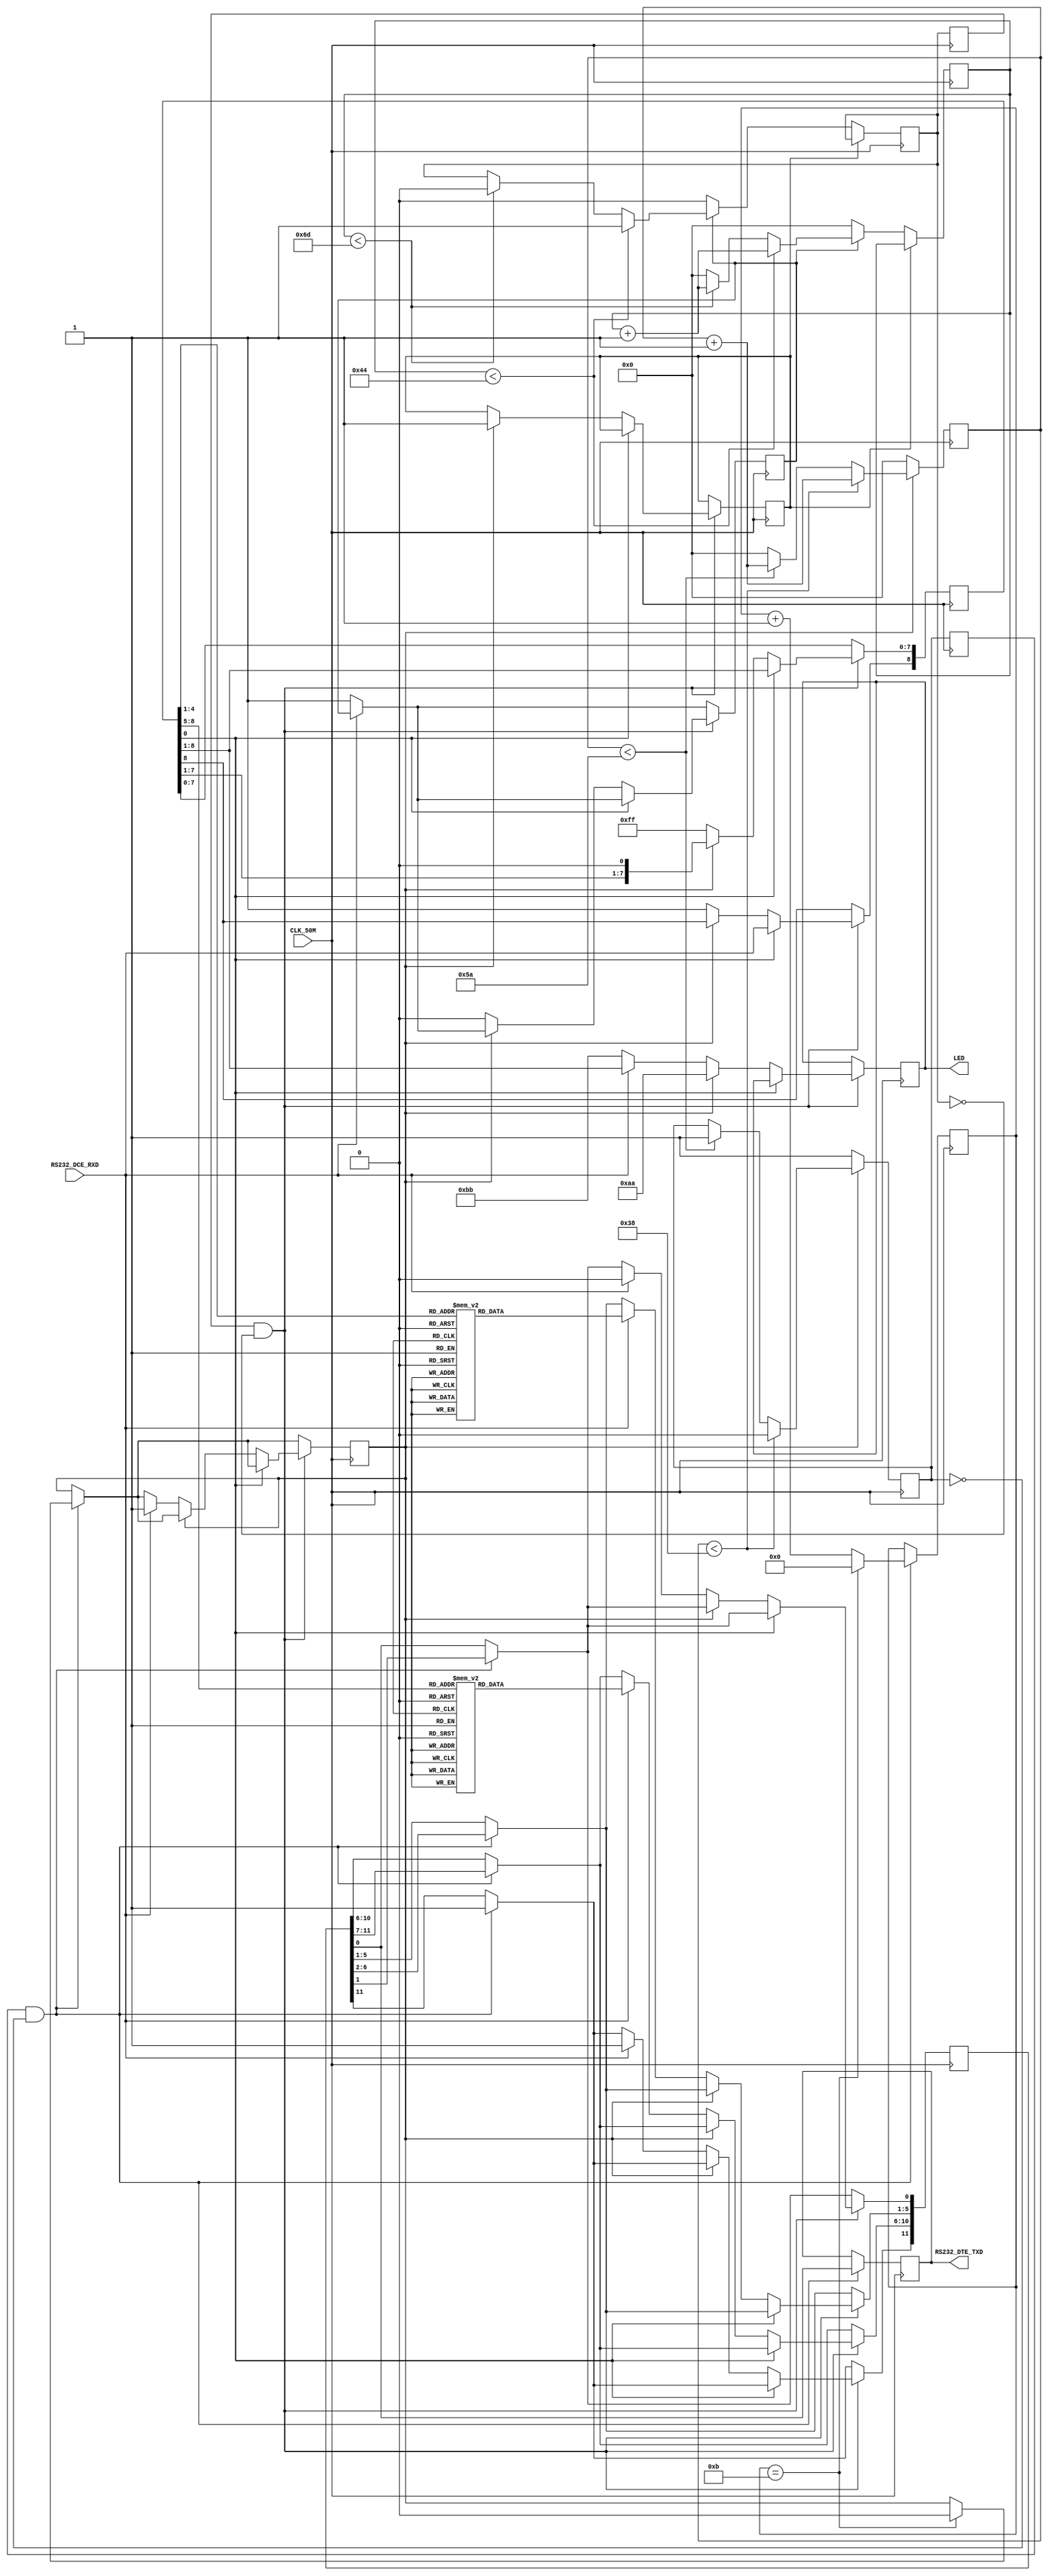
`timescale 1ns / 1ps
//////////////////////////////////////////////////////////////////////////////////
// Company: Kitakyushu-Kosen
// Engineer: 
// 
// Design Name: 
// Module Name:    transmit_460800.v
// Project Name: 
// Target Devices: Spartan-3A Starter Kit
// Tool versions: 
// Description: 
//
// Dependencies: 
//
// Revision: 
// Revision 0.01 - File Created
// Additional Comments: 
//   M@@
//   OM{[hLED\
//   kill = 1'b@VXe~dl   
//        
//////////////////////////////////////////////////////////////////////////////////

module rx_460800(CLK_50M, RS232_DCE_RXD, RS232_DTE_TXD, LED);

	input CLK_50M;
	input RS232_DCE_RXD;
	output RS232_DTE_TXD;
	output [7:0] LED;

	wire rxd;
	assign rxd = RS232_DCE_RXD;
	reg txd_out = 1'b1;
	assign RS232_DTE_TXD = txd_out;

	reg [7:0] led_out;
	assign LED = led_out;
	
	reg [15:0] b4_clock_count = 0;
	reg [15:0] b5_clock_count = 0;
	
	reg b4_clk = 1'b1;
	reg b5_clk = 1'b1;
	reg b4_clk_old;
	reg b5_clk_old;

	reg receiving = 1'b0;
	reg sending   = 1'b0;
	
	reg [8:0] buffer  = 9'b11111_1111;
	reg [11:0] encode = 12'b11111_11111_11;
	reg [3:0] send_count = 0;

	reg kill = 1'b0;
	

always @(posedge CLK_50M)
begin
	
	//VXe~
	if(kill == 1'b1)
	begin
	end
	
	else if(receiving == 1'b1) //X^[grbgo4bNbNJn
	begin		
		if (b4_clock_count < 68) //{[[g 115200:271, 9600:3255   (*0.625)
		begin
			b4_clk <= 1'b1;
			b4_clock_count <= b4_clock_count + 1;
		end
		else if (b4_clock_count < 109) //{[[g 115200:434, 9600:5208
		begin
			b4_clk <= 1'b0;
			b4_clock_count <= b4_clock_count + 1;
		end
		else
		begin
			b4_clock_count <= 0;
		end
	end
	else
	begin
		b4_clock_count <= 0;
		b4_clk <= 1'b0;
	end

		
	//5bNbN 5/6{
	if(sending == 1)
	begin
		if (b5_clock_count < 56) //{[[g 115200:224, 9600:2691    (*0.62)
		begin
			//5bM
			b5_clk <= 1'b0;
			b5_clock_count <= b5_clock_count + 1;
		end
		else if (b5_clock_count < 90) //{[[g 115200:361, 9600:4340
		begin
			b5_clk <= 1'b1;
			b5_clock_count <= b5_clock_count + 1;
		end
		else
		begin
			b5_clock_count <= 0;
		end
	end
	else
	begin
		b5_clock_count <= 0;
		b5_clk         <= 1'b1;
	end
	
end

always @(negedge CLK_50M)
begin

	b4_clk_old <= b4_clk;
	b5_clk_old <= b5_clk;
	
	if(rxd == 1'b0) //X^[grbgmA4bNbNJn}
	begin
		receiving <= 1'b1;
	end
	
	if ((b5_clk_old == 1'b1) && (b5_clk == 1'b0))
	begin
		//bufferMMi[IAX^[grbgbuffer[0]
		txd_out      <= encode[0];
		encode[10:0] <= encode[11:1];
		encode[11]   <= 1'b1;
		send_count    <= send_count + 1;
		if(send_count == 4'b1011)
		begin
			send_count    <= 0;
			sending <= 1'b0;
		end
	end
	
	//b4_clks
	if ((b4_clk_old == 1'b1) && (b4_clk == 1'b0))
	begin
		// start bitbuffer[9]~peB`FbNij
		//if (receiving)
		//	parity <= parity ^ buffer[9];
		
		// start bitbuffer[9]iAChM"1"AX^[g"0"Mj
		//else if (buffer[9] == 1'b0)
		//begin
		//	parity    <= 1'b0;
		//	receiving <= 1'b1;
		//end
		
		////////////////
		//X^[grbgbuffer[0]
		if(buffer[0] == 1'b0)
		begin
			
			//////////////////////////
			//FVXe~			//
			if(sending == 1'b1) //MIMM
			begin
				led_out[7:0] <= 8'b1010_1010;
				kill <= 1'b1;
			end
			
			else if(rxd != 1'b1) //Xgbvrbgobufferj(rbg[gN)
			begin
				led_out[7:0] <= 8'b1011_1011;
				buffer[8:0] <= 9'b11111_1111; 
				receiving <= 0;
				//kill <= 1'b1;  //G[VXe~sRgO
			end				
			
			
			/////////////////////////////////
			//FMIMM		//
			else
			begin
			case(buffer[4:1])
				4'b0000 : encode[5:1] <= 5'b11110;
				4'b0001 : encode[5:1] <= 5'b01001;
				4'b0010 : encode[5:1] <= 5'b10100;
				4'b0011 : encode[5:1] <= 5'b10101;
				4'b0100 : encode[5:1] <= 5'b01010;
				4'b0101 : encode[5:1] <= 5'b01011;
				4'b0110 : encode[5:1] <= 5'b01110;
				4'b0111 : encode[5:1] <= 5'b01111;
				4'b1000 : encode[5:1] <= 5'b10010;
				4'b1001 : encode[5:1] <= 5'b10011;
				4'b1010 : encode[5:1] <= 5'b10110;
				4'b1011 : encode[5:1] <= 5'b10111;
				4'b1100 : encode[5:1] <= 5'b11010;
				4'b1101 : encode[5:1] <= 5'b11011;
				4'b1110 : encode[5:1] <= 5'b11100;
				4'b1111 : encode[5:1] <= 5'b11101;
				default : kill <= 1'b1;
			endcase
			case(buffer[8:5])
				4'b0000 : encode[10:6] <= 5'b11110;
				4'b0001 : encode[10:6] <= 5'b01001;
				4'b0010 : encode[10:6] <= 5'b10100;
				4'b0011 : encode[10:6] <= 5'b10101;
				4'b0100 : encode[10:6] <= 5'b01010;
				4'b0101 : encode[10:6] <= 5'b01011;
				4'b0110 : encode[10:6] <= 5'b01110;
				4'b0111 : encode[10:6] <= 5'b01111;
				4'b1000 : encode[10:6] <= 5'b10010;
				4'b1001 : encode[10:6] <= 5'b10011;
				4'b1010 : encode[10:6] <= 5'b10110;
				4'b1011 : encode[10:6] <= 5'b10111;
				4'b1101 : encode[10:6] <= 5'b11011;
				4'b1100 : encode[10:6] <= 5'b11010;
				4'b1110 : encode[10:6] <= 5'b11100;
				4'b1111 : encode[10:6] <= 5'b11101;
				default : kill <= 1'b1;
			endcase
			led_out[7:0] <= buffer[8:1];
			encode[0]    <= 1'b0;
			encode[11]   <= 1'b1;
			buffer[8:0]  <= 9'b11111_1111;
			sending      <= 1'b1;
			receiving    <= 1'b0;
			end
		end
		else
		begin
				//MMbufferi[
			buffer[7:0] <= buffer[8:1];
			buffer[8]   <= rxd;
		end
	end
end

endmodule